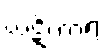
ဃဋိကာရ